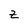
Character: z